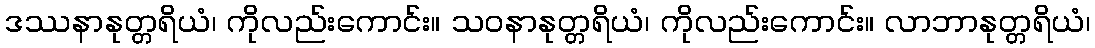
ဒဿနာနုတ္တရိယံ၊ ကိုလည်းကောင်း။ သဝနာနုတ္တရိယံ၊ ကိုလည်းကောင်း။ လာဘာနုတ္တရိယံ၊